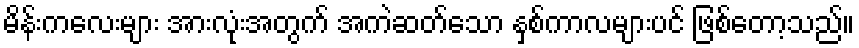
မိန်းကလေးများ အားလုံးအတွက် အကဲဆတ်သော နှစ်ကာလများပင် ဖြစ်တော့သည်။